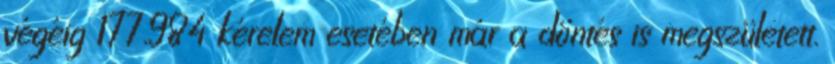
végéig 177.984 kérelem esetében már a döntés is megszületett.